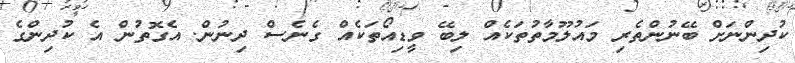
ކުދިންނަށް ބޭނުންތެރި މައުލޫމާތުތަކެއް ލިބޭ ވީޑިއޯތަކެއް ގެނެސް ދިނުން. އެގޮތުން އެ ކުދިންގެ